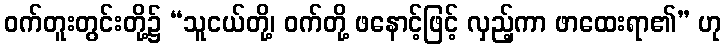
ဝက်တူးတွင်းတို့၌ “သူငယ်တို့၊ ဝက်တို့ ဖနောင့်ဖြင့် လှည့်ကာ ဖာထေးရာ၏” ဟု